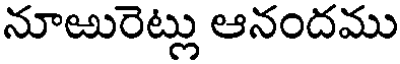
నూఱురెట్లు ఆనందము